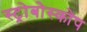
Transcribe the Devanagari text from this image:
स्ट्रोबोस्कोप